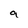
Character: a